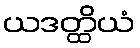
ယဒတ္ထိယံ